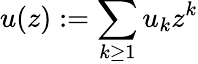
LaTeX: u(z):=\sum_{k\geq 1}u_{k}z^{k}